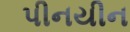
પીનયીન